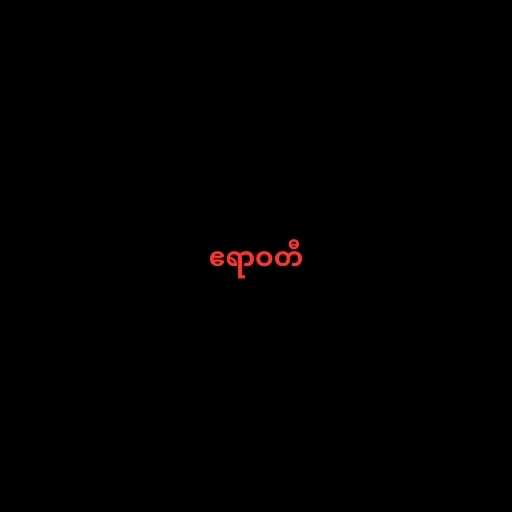
ဧရာဝတီ